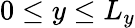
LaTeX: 0\leq y\leq L_{y}